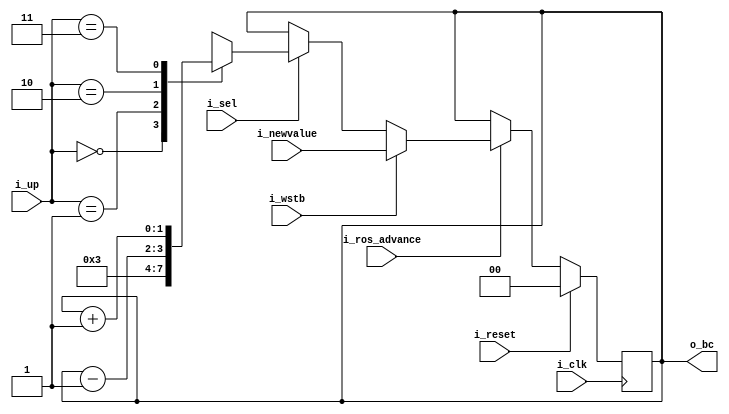
`default_nettype   none
// 2050 byte counter
// 2050 Control Field Specification
// CFC 105 - 2050 control field specification - cpu mode (wm,up,md,lb,mb,dg)
// [pdf page 6]

module x2050bc (i_clk, i_reset,
i_ros_advance,
i_up,
i_sel,
i_wstb,
i_newvalue,
o_bc);

parameter W=2;
localparam [W-1:0] one = 1;

input wire i_clk;
input wire i_reset;
input wire i_ros_advance;
input wire [1:0] i_up;
input wire i_sel;
input wire i_wstb;
input wire [W-1:0] i_newvalue;
output reg [W-1:0] o_bc;

wire [W-1:0] next_bc [0:3];

assign next_bc[0] = {W{1'b0}};
assign next_bc[1] = {W{1'b1}};
assign next_bc[2] = o_bc - one;
assign next_bc[3] = o_bc + one;

// XXX only on ros exec
always @(posedge i_clk)
	if (i_reset)
		o_bc <= 0;
	else if (!i_ros_advance)
		;
	else if (i_wstb)
		o_bc <= i_newvalue;
	else if (i_sel)
		o_bc <= next_bc[i_up];

endmodule